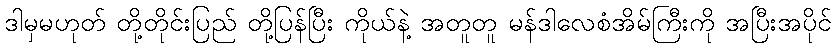
ဒါမှမဟုတ် တို့တိုင်းပြည် တို့ပြန်ပြီး ကိုယ်နဲ့ အတူတူ မန်ဒါလေစံအိမ်ကြီးကို အပြီးအပိုင်